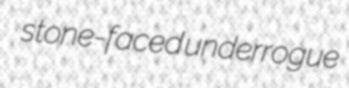
stone-faced underrogue